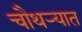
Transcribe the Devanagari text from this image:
चौथऱ्यात